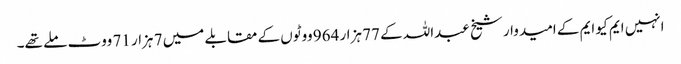
انہیں ایم کیو ایم کے امیدوار شیخ عبداللہ کے 77 ہزار 964 ووٹوں کے مقابلے میں 7 ہزار 71 ووٹ ملے تھے۔